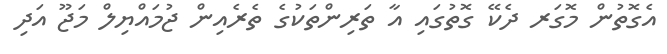
އެގޮތުން މޮގަރ ދެކޭ ގޮތުގައި އާ ތަރިންތަކުގެ ތެރެއިން ޖުމައްޔިލް މަޖޫ އަދި